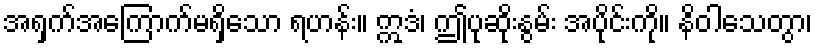
အရှက်အကြောက်မရှိသော ရဟန်း။ ဣဒံ၊ ဤပုဆိုးနွမ်း အပိုင်းကို။ နိဝါသေတွာ၊